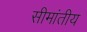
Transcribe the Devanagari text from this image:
सीमांतीय